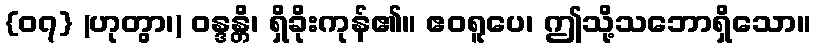
{၀၇} (ဟုတွာ၊) ဝန္ဒန္တိ၊ ရှိခိုးကုန်၏။ ဧဝရူပေ၊ ဤသို့သဘောရှိသော။